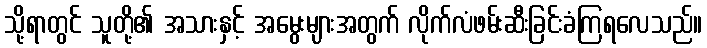
သို့ရာတွင် သူတို့၏ အသားနှင့် အမွေးများအတွက် လိုက်လံဖမ်းဆီးခြင်းခံကြရလေသည်။